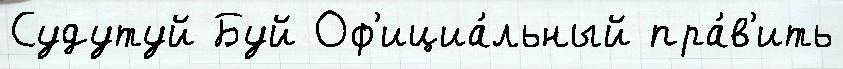
Судутуй Буй Оф'ициа́льный пра́в'ить